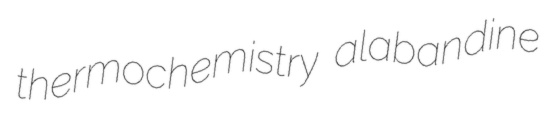
thermochemistry alabandine